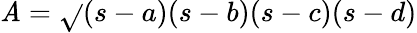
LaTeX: \mathit{A}={\sqrt{}{{(s-a)(s-b)(s-c)(s-d)}}}